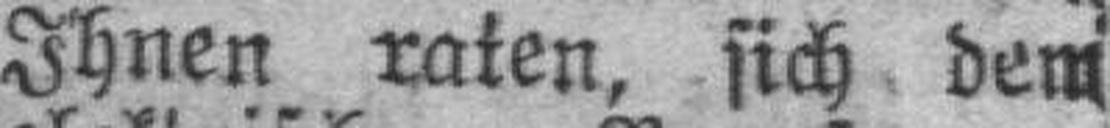
Ihnen raten, sich dem